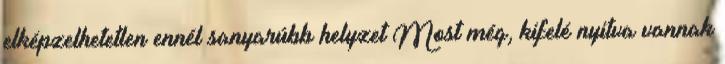
elképzelhetetlen ennél sanyarúbb helyzet Most még, kifelé nyitva vannak